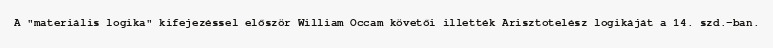
A "materiális logika" kifejezéssel először William Occam követői illették Arisztotelész logikáját a 14. szd.-ban.